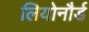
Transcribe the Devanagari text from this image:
लियोनौर्ड